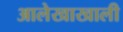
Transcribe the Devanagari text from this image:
आलेखाखाली